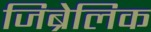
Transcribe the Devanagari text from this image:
जिब्रेलिक